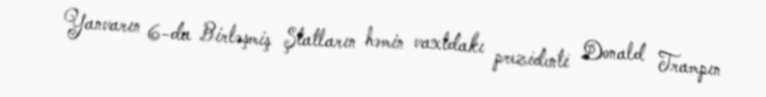
Yanvarın 6-da Birləşmiş Ştatların həmin vaxtdakı prezidenti Donald Trampın